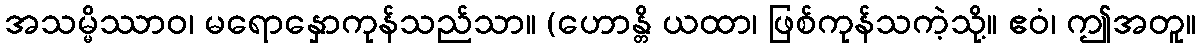
အသမ္မိဿာဝ၊ မရောနှောကုန်သည်သာ။ (ဟောန္တိ ယထာ၊ ဖြစ်ကုန်သကဲ့သို့။ ဧဝံ၊ ဤအတူ။